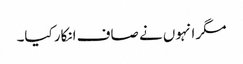
مگر انہوں نے صاف انکار کیا۔